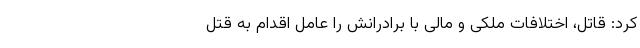
کرد: قاتل، اختلافات مِلکی و مالی با برادرانش را عامل اقدام به قتل